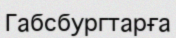
Габсбургтарға